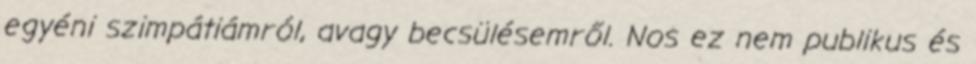
egyéni szimpátiámról, avagy becsülésemről. Nos ez nem publikus és